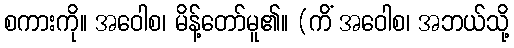
စကားကို။ အဝေါစ၊ မိန့်တော်မူ၏။ (ကိံ အဝေါစ၊ အဘယ်သို့